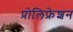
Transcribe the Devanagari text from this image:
प्रोलिफ्रेशन